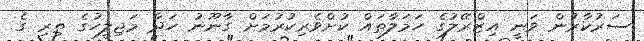
ސަރުކާރުން ވަނީ އިޒްރޭލުގެ ހަމަލާތައް ކުށްވެރިކުރުމަށް ގާނޫނު ހަދާ މަޖިލީހުގެ ތިރި ގެ